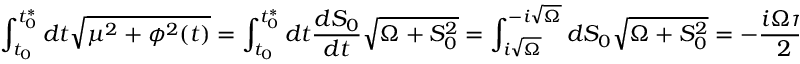
\int _ { t _ { 0 } } ^ { t _ { 0 } ^ { * } } d t \sqrt { \mu ^ { 2 } + \phi ^ { 2 } ( t ) } = \int _ { t _ { 0 } } ^ { t _ { 0 } ^ { * } } d t { \frac { d S _ { 0 } } { d t } } \sqrt { \Omega + S _ { 0 } ^ { 2 } } = \int _ { i \sqrt { \Omega } } ^ { - i \sqrt { \Omega } } d S _ { 0 } \sqrt { \Omega + S _ { 0 } ^ { 2 } } = - { \frac { i \Omega \pi } { 2 } } .